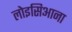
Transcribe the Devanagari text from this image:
लोइसिआना